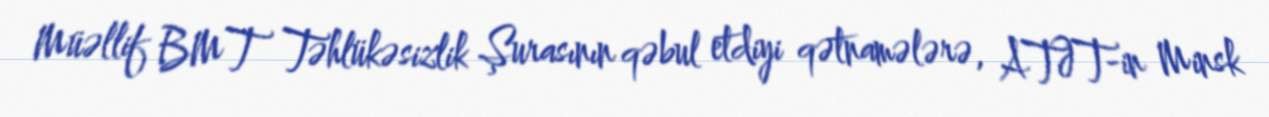
Müəllif BMT Təhlükəsizlik Şurasının qəbul etdiyi qətnamələrə, ATƏT-in Minsk